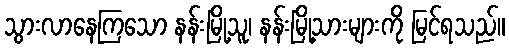
သွားလာနေကြသော နန်းမြို့သူ၊ နန်းမြို့သားများကို မြင်ရသည်။